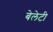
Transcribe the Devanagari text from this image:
बेलेटी